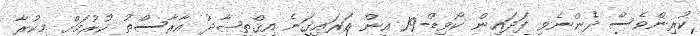
ކުރިންވެސް ދެންނެވި ފަދައިން ކޯވިޑް-19 އިން އަރައިގަނެ އިޤްތިޞާދު އާރާސްތު ކުރުމަށް މިކުރާ